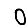
Digit: 0